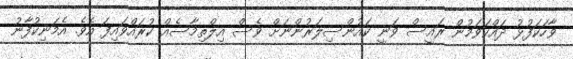
ވާހަކަފުޅު ދައްކަވަމުން ރައީސް ވަނީ ކައުންސިލަރުންނަށް ވެސް އިލްތިމާސެއް ކުރައްވައިފަ އެވެ. އެމަނިކުފާނު